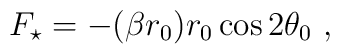
F_\star = -(\beta r_0)r_0\cos 2\theta_0~,